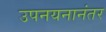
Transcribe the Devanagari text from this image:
उपनयनानंतर